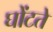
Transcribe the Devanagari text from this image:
घोंटते